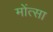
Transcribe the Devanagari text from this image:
मोंत्सा